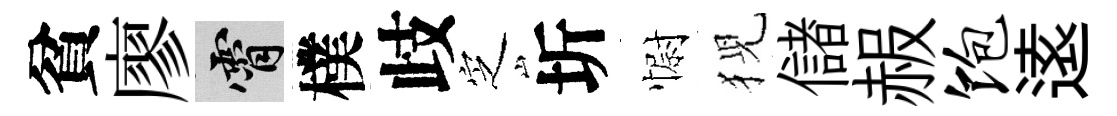
貧廖霄樸歧㝎圻𢠢猊儲赧饱逺